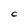
Character: C